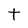
Character: t